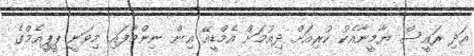
އަދި ރައީސް ޔާމީނާއެކު ކުރިއަށް ދިއުމަށް އެމްޑީއޭ އިން ނިންމާފައި މިވަނީ ޕީޕީއެމްގެ